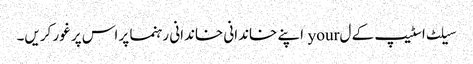
سیلٹ اسٹیپ کے ل your اپنے خاندانی خاندانی رہنما پر اس پر غور کریں۔